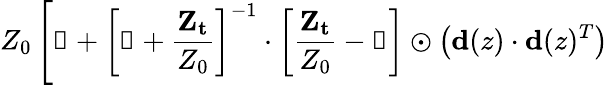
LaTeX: Z_{0}\left[\mathbb{1}+\left[\mathbb{1}+\frac{\mathbf{Z_{t}}}{Z_{0}}\right]^{-1}\cdot\left[\frac{\mathbf{Z_{t}}}{Z_{0}}-\mathbb{1}\right]\odot\left(\mathbf{d}(z)\cdot\mathbf{d}(z)^{T}\right)\right.